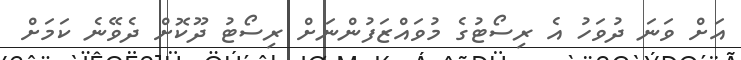
އަށް ވަނަ ދުވަހު އެ ރިސޯޓުގެ މުވައްޒަފުންނަށް ރިސޯޓު ދޫކޮށް ދެވޭނެ ކަމަށް